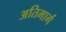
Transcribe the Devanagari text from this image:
अतिमार्ग